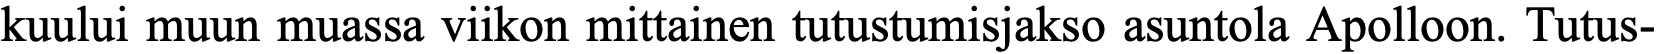
kuului muun muassa viikon mittainen tutustumisjakso asuntola Apolloon. Tutus-